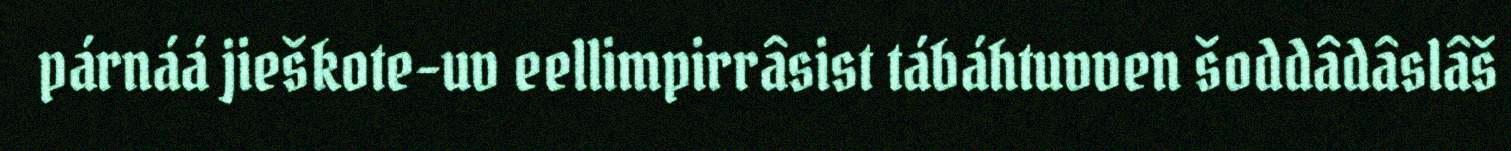
párnáá jieškote-uv eellimpirrâsist tábáhtuvven šoddâdâslâš